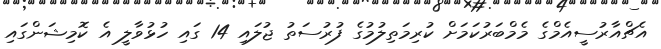
އެޗްއާރުސީއެމްގެ މެމްބަރުކަމަށް ކުރިމަތިލުމުގެ ފުރުސަތު ޖުލައި 14 ގައި ހުޅުވާލީ އެ ކޮމިޝަންގައި